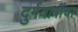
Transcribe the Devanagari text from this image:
दुर्गयात्रींचा